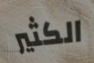
الكثير